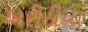
અરીઠીયા